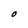
Character: O